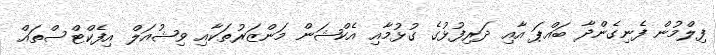
ފިލްމުން ފެނިގެންދާ ބައްޕަ އާއި ދަރިފުޅުގެ ގުޅުމާއި އެކްޝަން މަންޒަރުތަކާއި ވިޝުއަލް އިފެކްޓްސްތައް